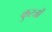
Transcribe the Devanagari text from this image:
कुरजों